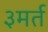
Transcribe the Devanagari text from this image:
३मर्त